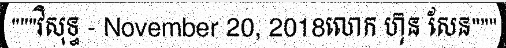
"""វិសុទ្ធ - November 20, 2018លោក ហ៊ុន សែន"""